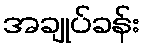
အချုပ်ခန်း